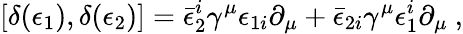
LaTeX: \left[\delta(\epsilon_{1}),\delta(\epsilon_{2})\right]=\bar{\epsilon}_{2}^{i}\gamma^{\mu}\epsilon_{1i}\partial_{\mu}+\bar{\epsilon}_{2i}\gamma^{\mu}\epsilon_{1}^{i}\partial_{\mu}\ ,